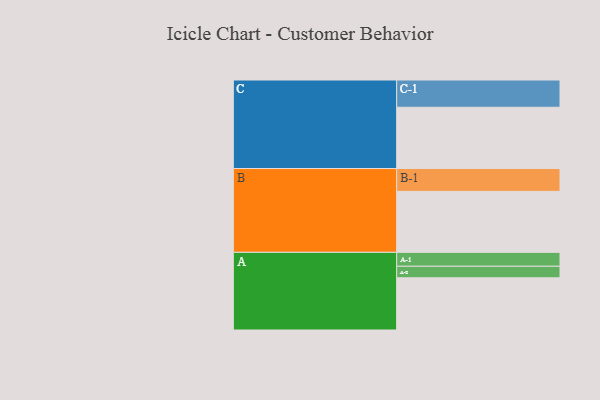
{"axis": {"x": "Segment", "y": "Value"}, "legend": ["", "A", "B", "C"], "data": [{"x": "A", "y": 379, "type": ""}, {"x": "B", "y": 443, "type": ""}, {"x": "C", "y": 445, "type": ""}, {"x": "A-1", "y": 101, "type": "A"}, {"x": "A-2", "y": 84, "type": "A"}, {"x": "B-1", "y": 166, "type": "B"}, {"x": "C-1", "y": 198, "type": "C"}]}